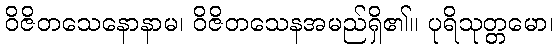
ဝိဇိတသေနောနာမ၊ ဝိဇိတသေနအမည်ရှိ၏။ ပုရိသုတ္တမော၊